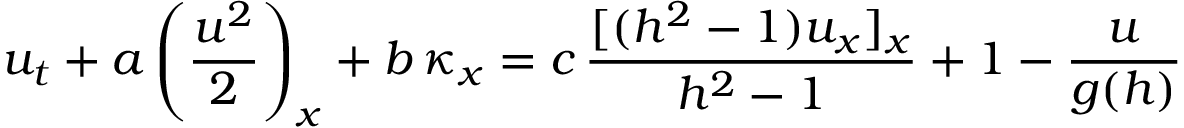
u _ { t } + a \left( \frac { u ^ { 2 } } { 2 } \right) _ { x } + b \, \kappa _ { x } = c \, \frac { [ ( h ^ { 2 } - 1 ) u _ { x } ] _ { x } } { h ^ { 2 } - 1 } + 1 - \frac { u } { g ( h ) }